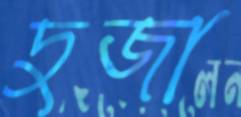
দুজা